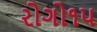
રોગો૧૫